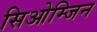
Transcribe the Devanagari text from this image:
सिओम्जिन